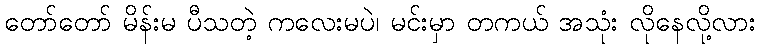
တော်တော် မိန်းမ ပီသတဲ့ ကလေးမပဲ၊ မင်းမှာ တကယ် အသုံး လိုနေလို့လား